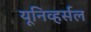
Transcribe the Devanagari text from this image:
यूनिव्हर्सल